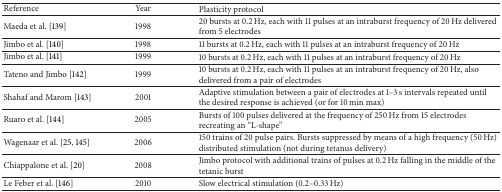
<table><thead><tr><td><b>Reference</b></td><td><b>Year</b></td><td><b>Plasticity protocol</b></td></tr></thead><tbody><tr><td>Maeda et al. [139]</td><td>1998</td><td>20 bursts at 0.2 Hz, each with 11 pulses at an intraburst frequency of 20 Hz delivered from 5 electrodes</td></tr><tr><td>Jimbo et al. [140]</td><td>1998</td><td>11 bursts at 0.2 Hz, each with 11 pulses at an intraburst frequency of 20 Hz</td></tr><tr><td>Jimbo et al. [141]</td><td>1999</td><td>10 bursts at 0.2 Hz, each with 11 pulses at an intraburst frequency of 20 Hz</td></tr><tr><td>Tateno and Jimbo [142]</td><td>1999</td><td>10 bursts at 0.2 Hz, each with 11 pulses at an intraburst frequency of 20 Hz, also delivered from a pair of electrodes</td></tr><tr><td>Shahaf and Marom [143]</td><td>2001</td><td>Adaptive stimulation between a pair of electrodes at 1–3 s intervals repeated until the desired response is achieved (or for 10 min max)</td></tr><tr><td>Ruaro et al. [144]</td><td>2005</td><td>Bursts of 100 pulses delivered at the frequency of 250 Hz from 15 electrodes recreating an “L-shape”</td></tr><tr><td>Wagenaar et al. [25, 145]</td><td>2006</td><td>150 trains of 20 pulse pairs. Bursts suppressed by means of a high frequency (50 Hz) distributed stimulation (not during tetanus delivery) </td></tr><tr><td>Chiappalone et al. [20]</td><td>2008</td><td>Jimbo protocol with additional trains of pulses at 0.2 Hz falling in the middle of the tetanic burst</td></tr><tr><td>Le Feber et al. [146]</td><td>2010</td><td>Slow electrical stimulation (0.2–0.33 Hz)</td></tr></tbody></table>